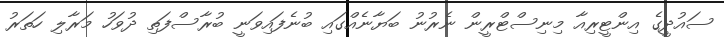
ސައުދީގެ އިންޓީރިއާ މިނިސްޓްރީން ނެރުނު ބަޔާނެއްގައި ބުނެފައިވަނީ ބުރާސްފަތި ދުވަހު މަރާލި ހަތަރު